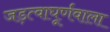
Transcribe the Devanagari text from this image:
जड़त्वाघूर्णवाला